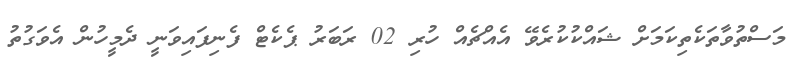
މަސްތުވާތަކެތިކަމަށް ޝައްކުކުރެވޭ އެއްޗެއް ހުރި 02 ރަބަރު ޕެކެޓް ފެނިފައިވަނީ ދެމީހުން އެވަގުތު